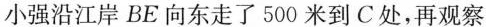
小强沿江岸BE向东走了500米到C处，再观察